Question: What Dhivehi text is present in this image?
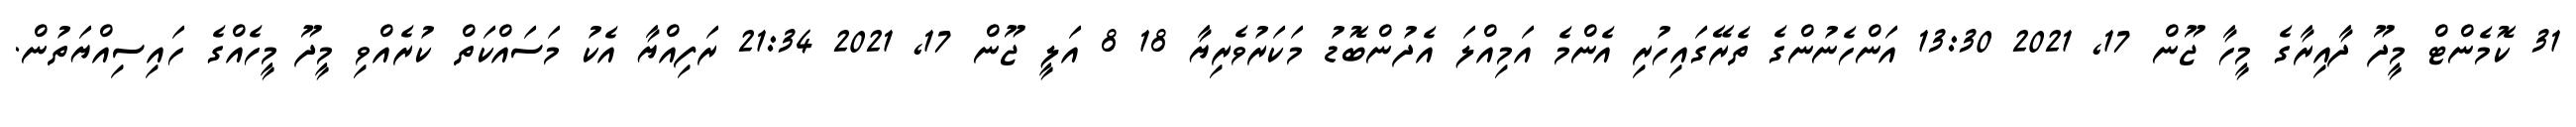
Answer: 31 ކޮމެންޓް މީދޫ ދާއިރާގެ މީހާ ޖޫން 17, 2021 13:30 އަންހެނުންގެ ތެރޭގައިހުރި އެންމެ އަމިއްލަ އެދުންބޮޑު މަކަރުވެރިޔާ 18 8 އަލީ ޖޫން 17, 2021 21:34 ރަފިއްޔާ އެކު މަސައްކަތް ކުރެއްވި މީދޫ މީހެއްގެ ހައިސިއްޔަތުން.